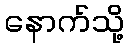
နောက်သို့